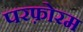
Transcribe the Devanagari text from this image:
परफ़ोरम